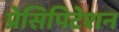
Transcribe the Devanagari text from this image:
प्रेसिपिटेशन